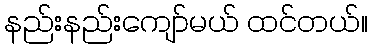
နည်းနည်းကျော်မယ် ထင်တယ်။